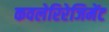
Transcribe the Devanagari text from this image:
कवलेरिरेजिमेंट